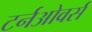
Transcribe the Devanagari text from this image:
टर्नओवर्स